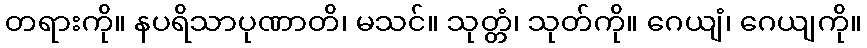
တရားကို။ နပရိသာပုဏာတိ၊ မသင်။ သုတ္တံ၊ သုတ်ကို။ ဂေယျံ၊ ဂေယျကို။